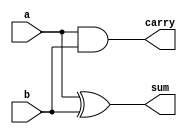
`timescale 1ns / 1ps
//////////////////////////////////////////////////////////////////////////////////
// Company: 
// Engineer: 
// 
// Design Name: 
// Module Name: HA
// Project Name: 
// Target Devices: 
// Tool Versions: 
// Description: 
// 
// Dependencies: 
// 
// Revision:
// Revision 0.01 - File Created
// Additional Comments:
// 
//////////////////////////////////////////////////////////////////////////////////


module HA(
    input a,
    input b,
    output sum,
    output carry
    );
    assign sum=a^b; 
    assign carry=a&b;
endmodule